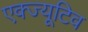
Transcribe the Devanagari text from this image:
एक्ज्यूटिव